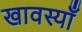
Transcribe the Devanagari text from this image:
खावस्याँ